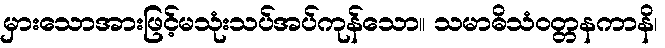
မှားသောအားဖြင့်မသုံးသပ်အပ်ကုန်သော။ သမာဓိသံဝတ္တနကာနိ၊